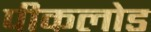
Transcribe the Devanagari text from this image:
पीकलोड